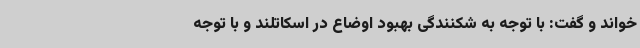
خواند و گفت: با توجه به شکنندگی بهبود اوضاع در اسکاتلند و با توجه